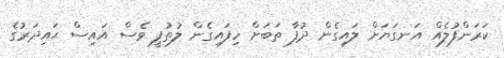
ކަރަންފުލެއް އަނގަޔަށް ލައިގެން ދުފާ ތަބަށް ހިފައިގެން ލުތުފީ ވެސް އައިސް ޙައިދަރުގެ